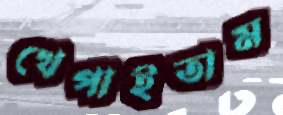
খেপাইতাম